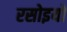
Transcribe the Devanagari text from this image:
रसोइयो